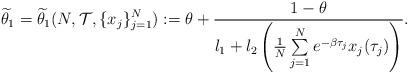
LaTeX: \begin{align*}\widetilde{\theta}_1=\widetilde{\theta}_1(N, \mathcal{T}, \{x_j\}_{j=1}^{N}):=\theta+\frac{1-\theta}{l_1+l_2\left(\frac{1}{N}\sum\limits_{j=1}^Ne^{-\beta\tau_j}x_j(\tau_j)\right)}.\end{align*}